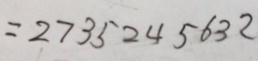
= 2 7 3 5 2 4 5 6 3 2